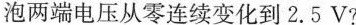
泡两端电压从零连续变化到2.5V?